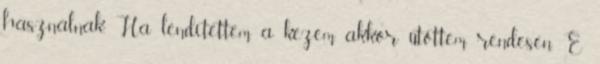
használnak. Ha lendítettem a kezem, akkor ütöttem rendesen. E